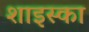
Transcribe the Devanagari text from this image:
शाइस्का